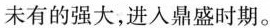
未有的强大，进入鼎盛时期。